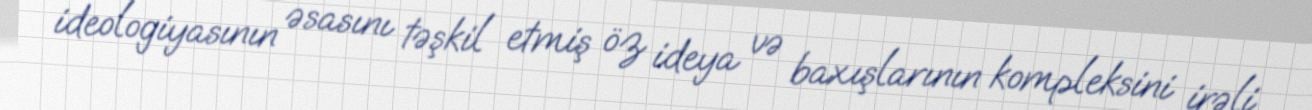
ideologiyasının əsasını təşkil etmiş öz ideya və baxışlarının kompleksini irəli